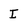
Character: I